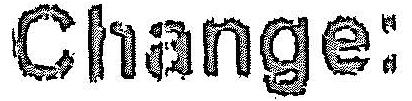
CHANGE: